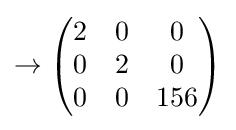
\to {\begin{pmatrix}2&0&0\\0&2&0\\0&0&156\end{pmatrix}}